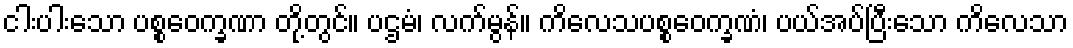
ငါးပါးသော ပစ္စဝေက္ခဏာ တို့တွင်။ ပဌမံ၊ လက်မွန်။ ကိလေသပစ္စဝေက္ခဏံ၊ ပယ်အပ်ပြီးသော ကိလေသာ